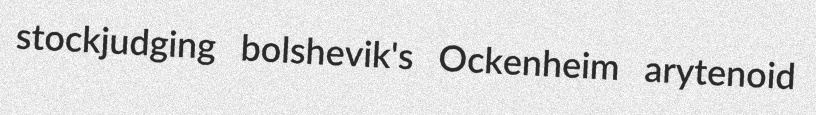
stockjudging bolshevik's Ockenheim arytenoid